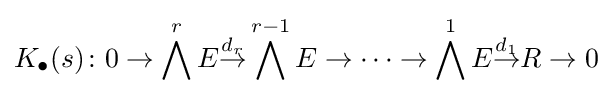
K_{\bullet }(s)\colon 0\to \bigwedge ^{r}E{\overset {d_{r}}{\to }}\bigwedge ^{r-1}E\to \cdots \to \bigwedge ^{1}E{\overset {d_{1}}{\to }}R\to 0